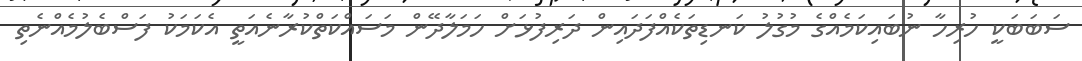
ސަބަބަކީ ހުރިހާ ނުބައިކަމެއްގެ މުގުލު ކަނޑިތަކެއްފަދައިން ދަރިފުޅަށް ހަމަލާދޭން މަސައްކަތްކުރާނެއަތީ އެކަމަކު ފަސްބެލުމެއްނެތި